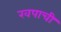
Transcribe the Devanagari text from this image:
खपाची